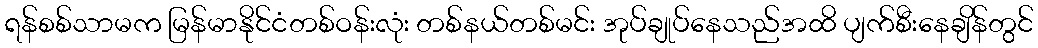
ရန်စစ်သာမက မြန်မာနိုင်ငံတစ်ဝန်းလုံး တစ်နယ်တစ်မင်း အုပ်ချုပ်နေသည်အထိ ပျက်စီးနေချိန်တွင်